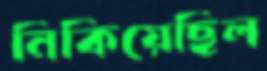
নিকিয়েছিল